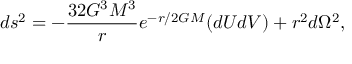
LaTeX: d s ^ { 2 } = - { \frac { 3 2 G ^ { 3 } M ^ { 3 } } { r } } e ^ { - r / 2 G M } ( d U d V ) + r ^ { 2 } d \Omega ^ { 2 } ,